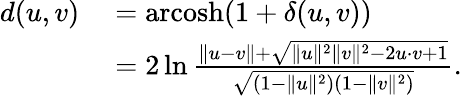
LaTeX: \begin{array}{rl}{d(u,v)}&{{}=\operatorname{arcosh}(1+\delta(u,v))}\\ {\, }&{{}=2\ln{\frac{\lVert u-v\rVert+{\sqrt{\lVert u\rVert^{2}\lVert v\rVert^{2}-2u\cdot v+1}}}{\sqrt{(1-\lVert u\rVert^{2})(1-\lVert v\rVert^{2})}}}.}\end{array}